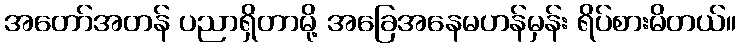
အတော်အတန် ပညာရှိတာမို့ အခြေအနေမဟန်မှန်း ရိပ်စားမိတယ်။